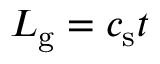
L _ { \mathrm { g } } = c _ { \mathrm { s } } t